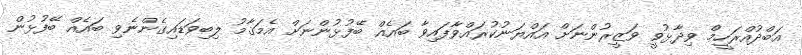
އަބްދުއްރަހީމް ވިދާޅުވީ ވަޒީރުންނަށް އައްޔަނުކުރައްވާފައިވާ ބައެއް ބޭފުޅުންނަށް އެމަޤާމު ލިބިވަޑައިގެންނެވި ބައެއް ބޭފުޅުން